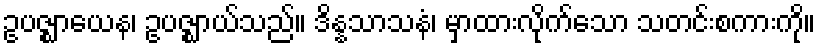
ဥပဇ္ဈာယေန၊ ဥပဇ္ဈာယ်သည်။ ဒိန္နသာသနံ၊ မှာထားလိုက်သော သတင်းစကားကို။